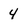
Character: 4